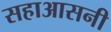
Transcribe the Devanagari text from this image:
सहाआसनी